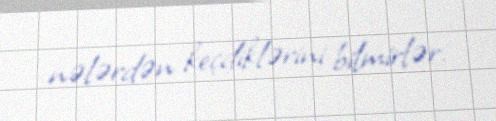
nələrdən keçdiklərini bilmirlər.